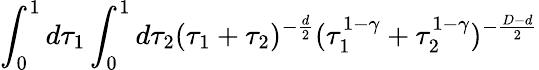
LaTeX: \int_{0}^{1}d\tau_{1}\int_{0}^{1}d\tau_{2}(\tau_{1}+\tau_{2})^{-\frac{d}{2}}(\tau_{1}^{1-\gamma}+\tau_{2}^{1-\gamma})^{-\frac{D-d}{2}}